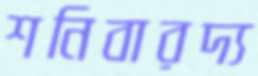
শনিবারদ্য